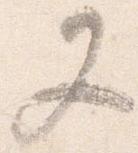
又